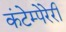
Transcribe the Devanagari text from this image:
कंटेम्पेरेरी